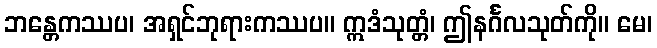
ဘန္တေကဿပ၊ အရှင်ဘုရားကဿပ။ ဣဒံသုတ္တံ၊ ဤနင်္ဂလသုတ်ကို။ မေ၊